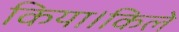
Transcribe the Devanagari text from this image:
किया।किले